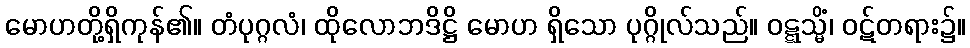
မောဟတို့ရှိကုန်၏။ တံပုဂ္ဂလံ၊ ထိုလောဘဒိဋ္ဌိ မောဟ ရှိသော ပုဂ္ဂိုလ်သည်။ ဝဋ္ဋသ္မိံ၊ ဝဋ်တရား၌။